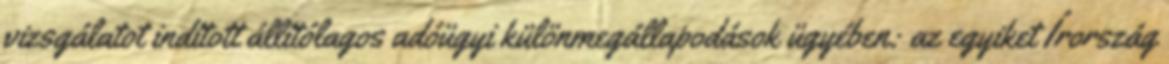
vizsgálatot indított állítólagos adóügyi különmegállapodások ügyében: az egyiket Írország